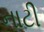
નાટી